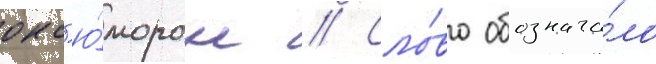
окс'ю́морон // Сло́во обознача́ло